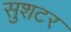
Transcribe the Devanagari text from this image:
सुशटर